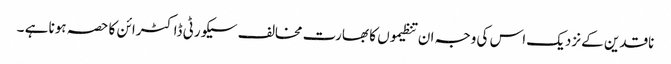
ناقدین کے نزدیک اس کی وجہ ان تنظیموں کا بھارت مخالف سیکورٹی ڈاکٹرائن کا حصہ ہونا ہے ۔